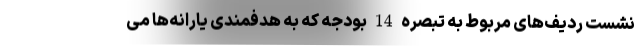
نشست ردیف‌های مربوط به تبصره 14 بودجه که به هدفمندی یارانه‌ها می‌